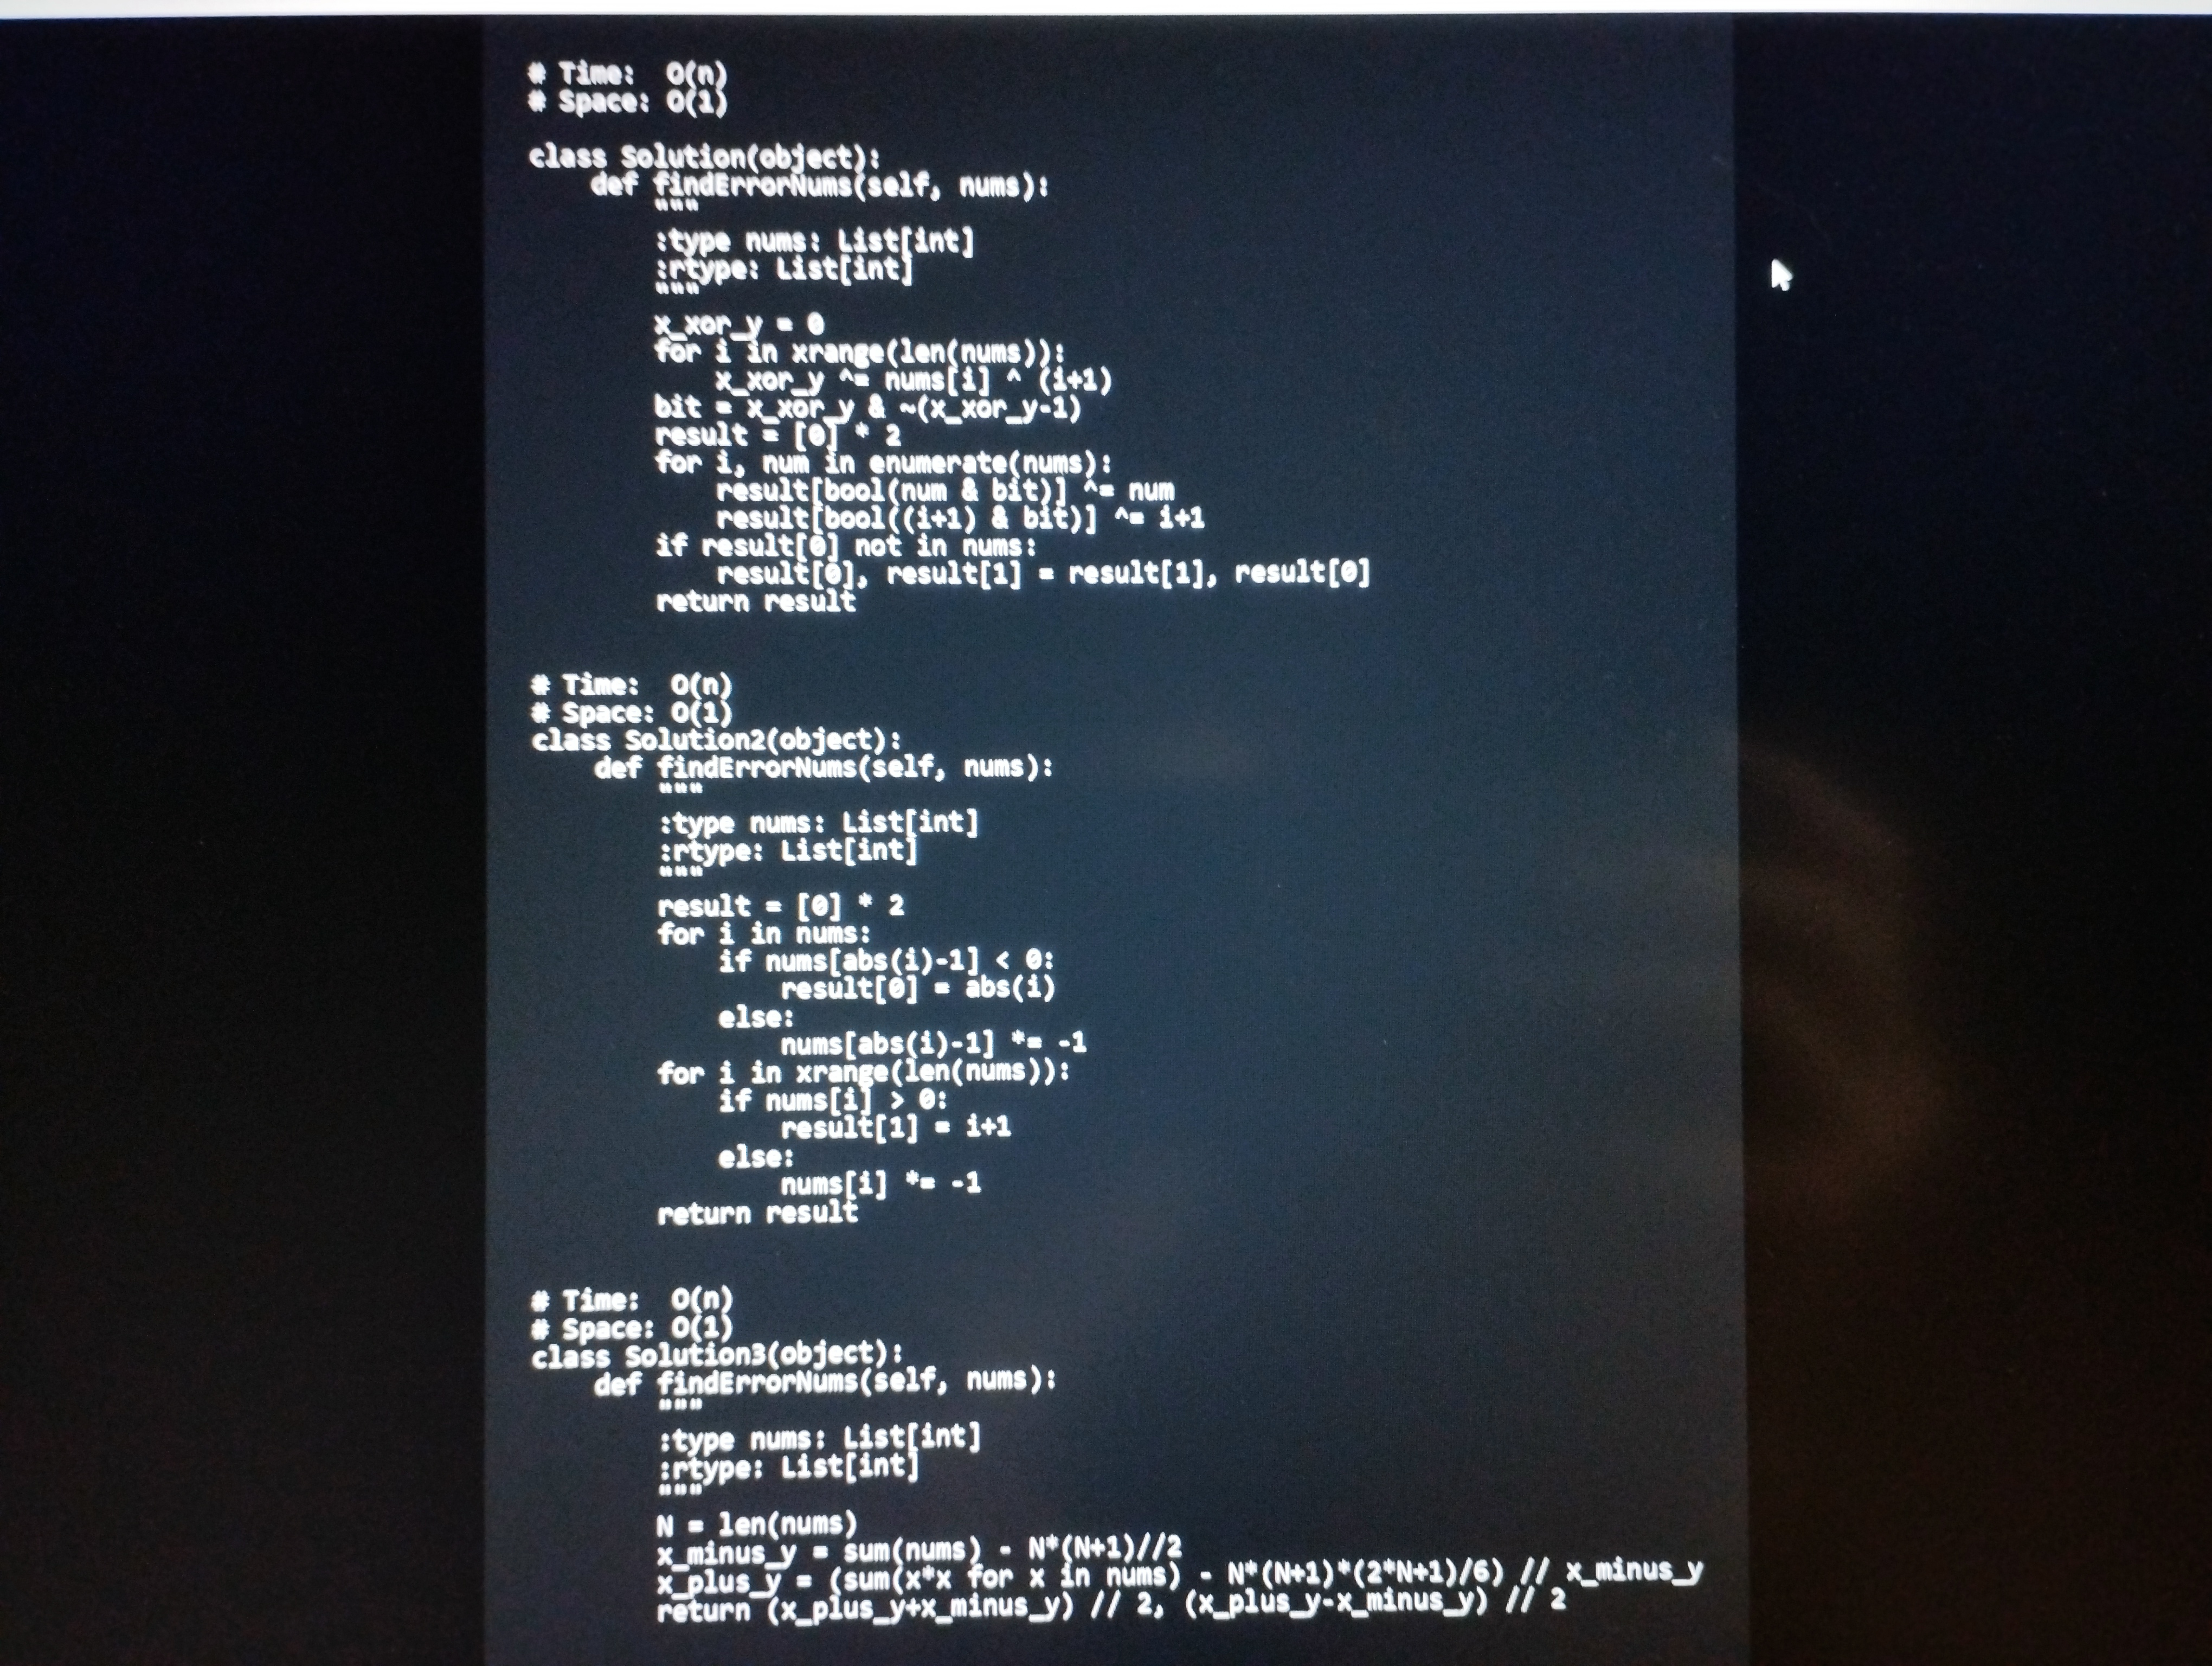
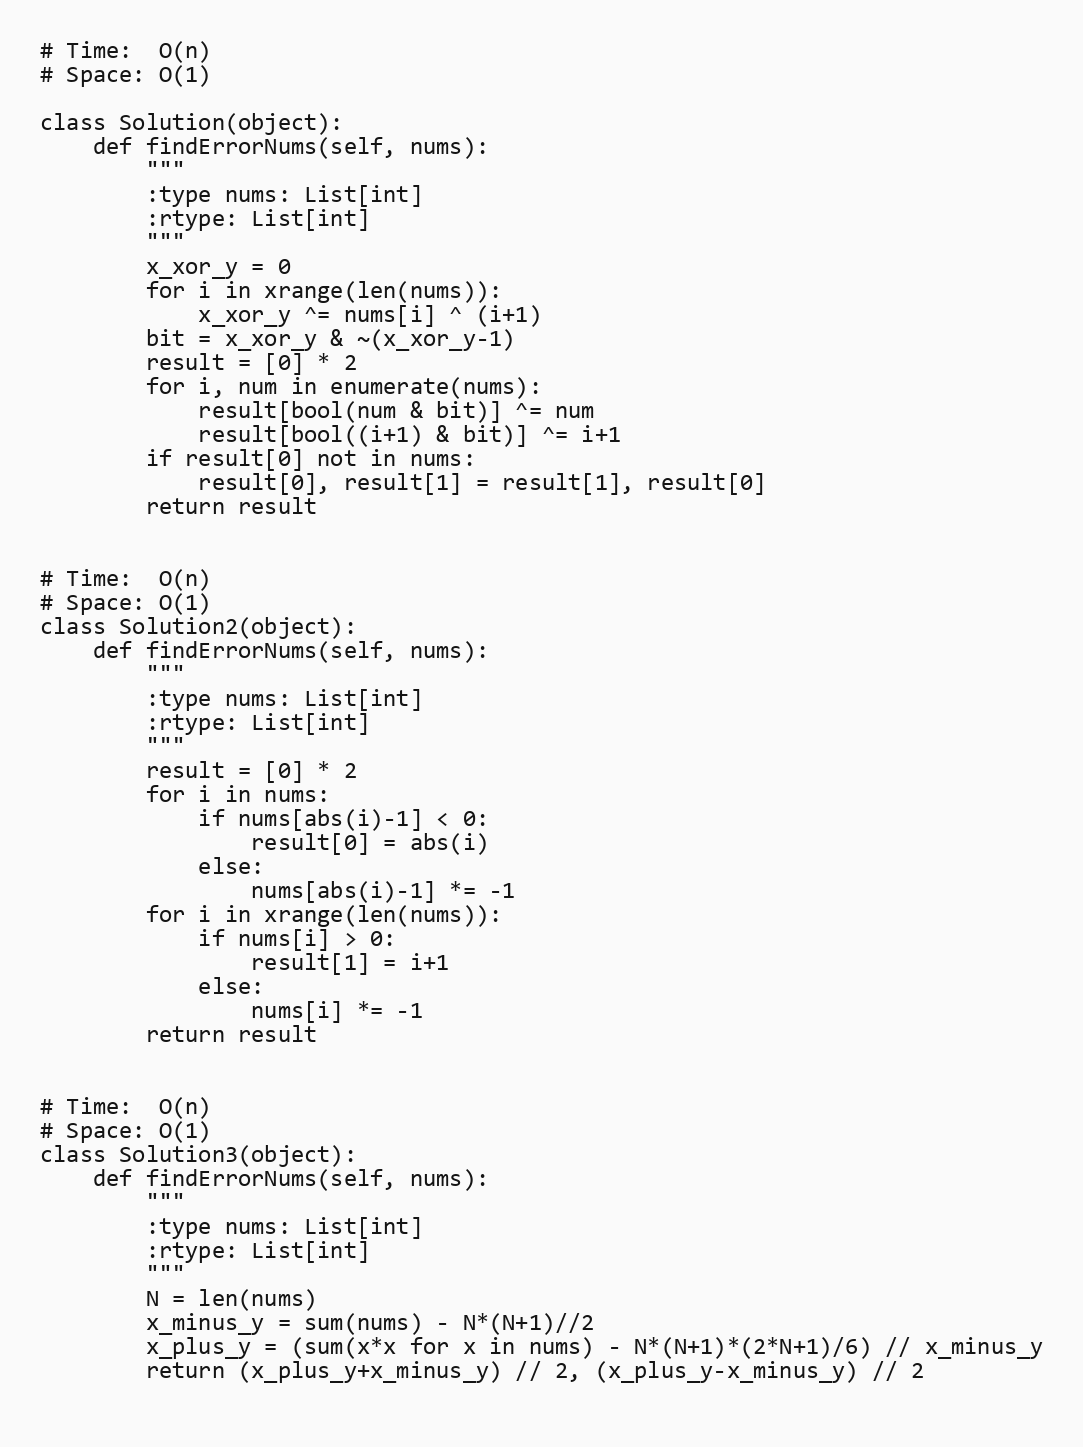
# Time:  O(n)
# Space: O(1)

class Solution(object):
    def findErrorNums(self, nums):
        """
        :type nums: List[int]
        :rtype: List[int]
        """
        x_xor_y = 0
        for i in xrange(len(nums)):
            x_xor_y ^= nums[i] ^ (i+1)
        bit = x_xor_y & ~(x_xor_y-1)
        result = [0] * 2
        for i, num in enumerate(nums):
            result[bool(num & bit)] ^= num
            result[bool((i+1) & bit)] ^= i+1
        if result[0] not in nums:
            result[0], result[1] = result[1], result[0]
        return result

# Time:  O(n)
# Space: O(1)
class Solution2(object):
    def findErrorNums(self, nums):
        """
        :type nums: List[int]
        :rtype: List[int]
        """
        result = [0] * 2
        for i in nums:
            if nums[abs(i)-1] < 0:
                result[0] = abs(i)
            else:
                nums[abs(i)-1] *= -1
        for i in xrange(len(nums)):
            if nums[i] > 0:
                result[1] = i+1
            else:
                nums[i] *= -1
        return result

# Time:  O(n)
# Space: O(1)
class Solution3(object):
    def findErrorNums(self, nums):
        """
        :type nums: List[int]
        :rtype: List[int]
        """
        N = len(nums)
        x_minus_y = sum(nums) - N*(N+1)//2
        x_plus_y = (sum(x*x for x in nums) - N*(N+1)*(2*N+1)/6) // x_minus_y
        return (x_plus_y+x_minus_y) // 2, (x_plus_y-x_minus_y) // 2